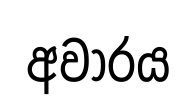
අවාරය